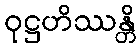
ဝုဋ္ဌဟိဿန္တိ